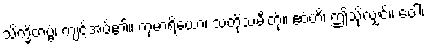
သိက္ခိတဗ္ဗံ၊ ကျင့်အပ်၏။ ကုမာရိယော၊ သတို့သမီးတို့။ ဧဝံဟိ၊ ဤသို့လျှင်။ ဝေါ၊